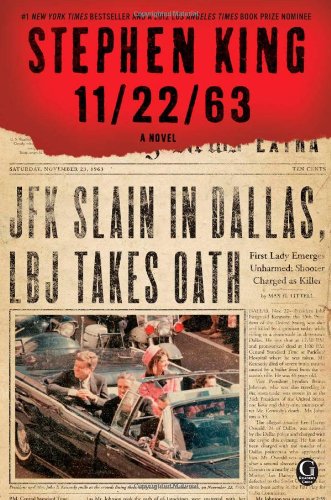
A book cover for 11/22/63: A Novel; Stephen King; Mystery, Thriller & Suspense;